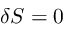
\delta S = 0